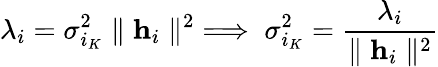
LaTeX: \lambda_{i}=\sigma_{i_{K}}^{2}\parallel\mathbf{h}_{i}\parallel^{2}\implies\sigma_{i_{K}}^{2}=\frac{\lambda_{i}}{\parallel\mathbf{h}_{i}\parallel^{2}}